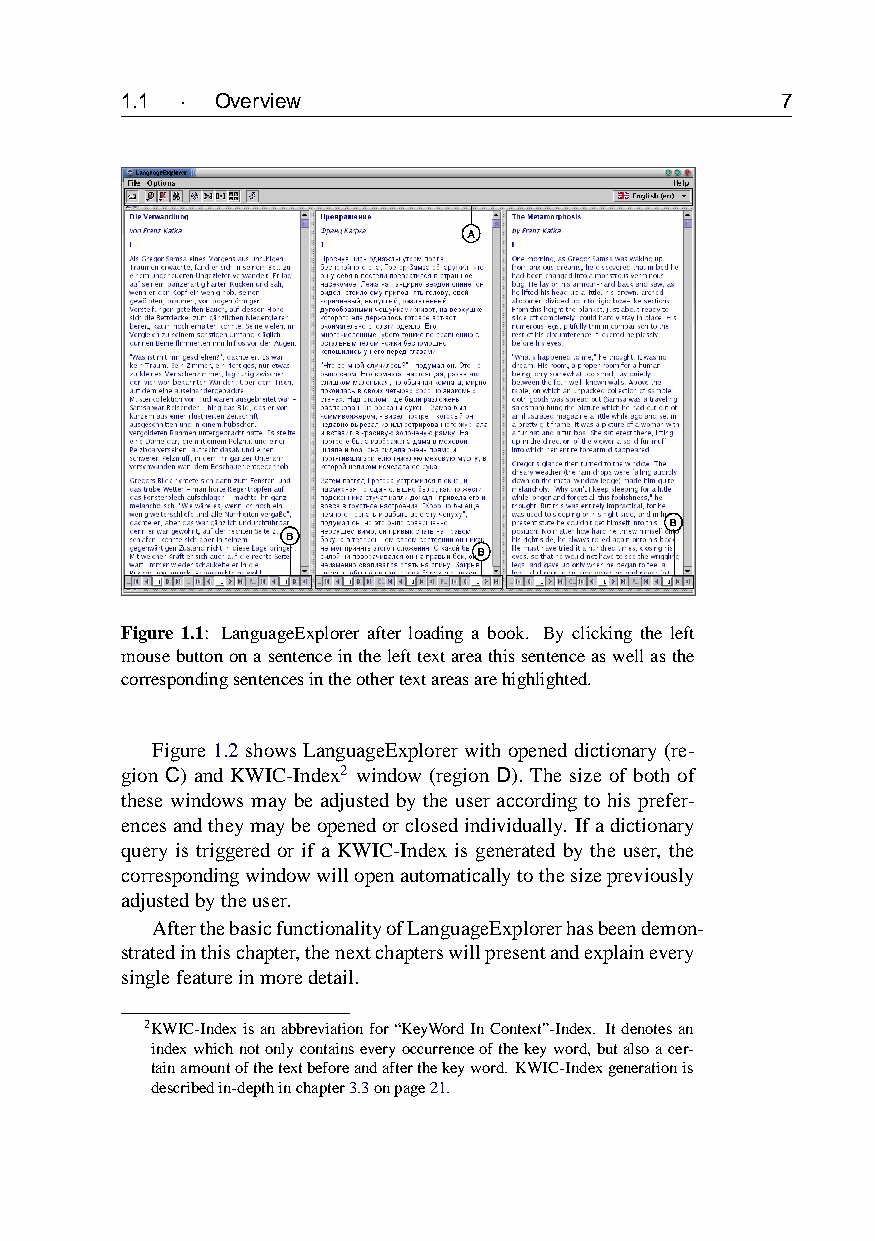
1.1 · Overview                              7
 Figure 1.1: LanguageExplorer after loading a book. By clicking the left
 mousebuttononasentenceinthelefttextareathissentenceaswellasthe
 correspondingsentencesintheothertextareasarehighlighted.
 Figure 1.2 shows LanguageExplorer with opened dictionary (re-
 gion C) and KWIC-Index2 window (region D). The size of both of
 these windows may be adjusted by the user according to his prefer-
 encesandtheymaybeopenedorclosedindividually. Ifadictionary
 query is triggered or if a KWIC-Index is generated by the user, the
 correspondingwindowwillopenautomaticallytothesizepreviously
 adjustedbytheuser.
 AfterthebasicfunctionalityofLanguageExplorerhasbeendemon-
 stratedinthischapter,thenextchapterswillpresentandexplainevery
 singlefeatureinmoredetail.
 2KWIC-Indexisanabbreviationfor“KeyWordInContext”-Index. Itdenotesan
 indexwhichnotonlycontainseveryoccurrenceofthekeyword,butalsoacer-
 tainamountofthetextbeforeandafterthekeyword. KWIC-Indexgenerationis
 describedin-depthinchapter3.3onpage21.